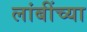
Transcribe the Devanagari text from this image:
लांबींच्या